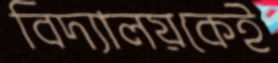
বিদ্যালয়কেই